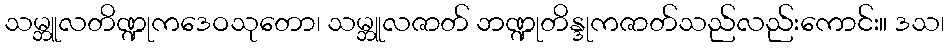
သမ္ဘူလတိဏ္ဍုကဒေဝသုတော၊ သမ္ဘူလဇာတ် ဘဏ္ဍုတိန္ဒုကဇာတ်သည်လည်းကောင်း။ ဒသ၊